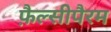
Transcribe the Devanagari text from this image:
फ़ैल्सीपैरम